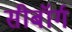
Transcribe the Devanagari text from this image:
सीबॉर्ग